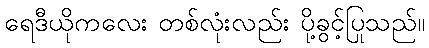
ရေဒီယိုကလေး တစ်လုံးလည်း ပို့ခွင့်ပြုသည်။